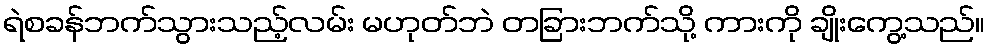
ရဲစခန်ဘက်သွားသည့်လမ်း မဟုတ်ဘဲ တခြားဘက်သို့ ကားကို ချိုးကွေ့သည်။